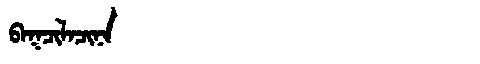
Manchu: ᠪᠠᡴᠴᡳᠯᠠᠴᡳᠨᠠ
Romanization: BAKCILACINA